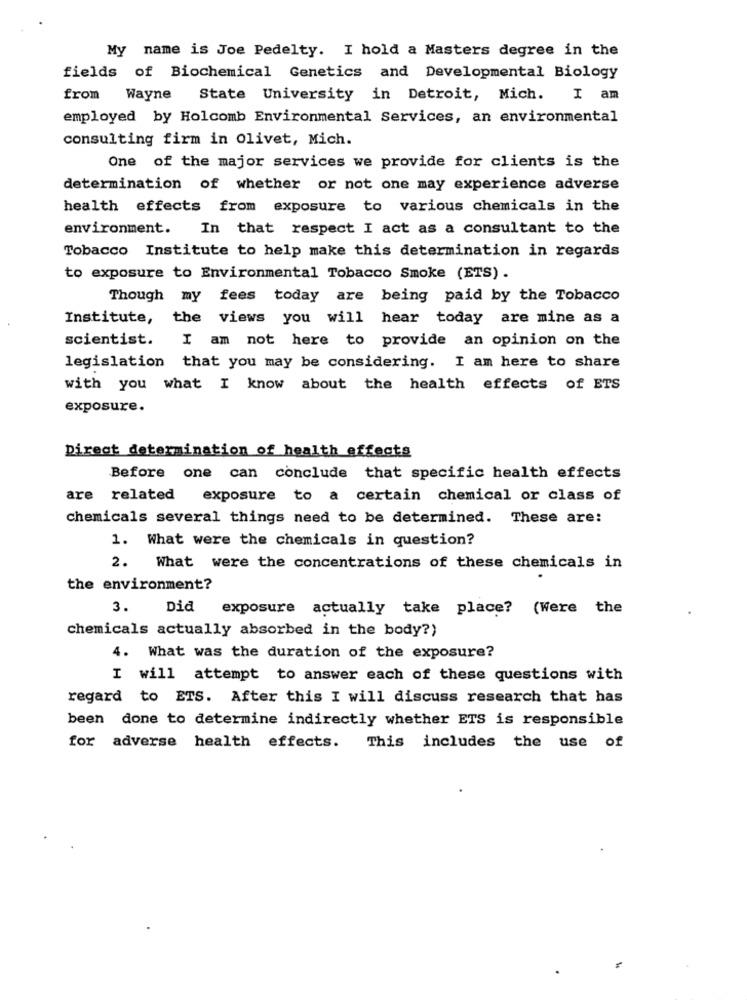
My name is Joe Pedelty. I hold a Masters degree in the
fields of Biochemical Genetics and Developmental Biology
from Wayne
State University in Detroit, Mich.
I am
employed by Holcomb Environmental Services, an environmental
consulting firm in olivet, Mich.
One of the major services we provide for clients is the
determination of whether or not one may experience adverse
health effects from exposure to various chemicals in the
environment. In that respect I act as a consultant to the
Tobacco Institute to help make this determination in regards
to exposure to Environmental Tobacco Smoke (ETS).
Though my fees today are being paid by the Tobacco
Institute, the views you will hear today are mine as a
scientist. I am not here to provide an opinion on the
legislation that you may be considering. I am here to share
with you what I know about the health effects of ETS
exposure.
Direct determination of health effects
Before one can conclude that specific health effects
are related
exposure to a certain chemical or class of
chemicals several things need to be determined. These are:
1. What were the chemicals in question?
2. What were the concentrations of these chemicals in
the environment?
3.
Did
exposure actually take place? (Were the
chemicals actually absorbed in the body?)
4. What was the duration of the exposure?
I will attempt to answer each of these questions with
regard to ETS. After this I will discuss research that has
been done to determine indirectly whether ETS is responsible
for adverse health effects. This includes the use of